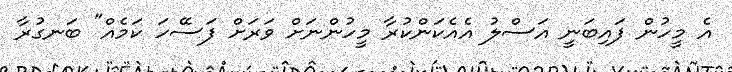
އެ މީހުން ފައިބަނީ އަސްލު އެއެކަންކުރާ މީހުންނަށް ވަރަށް ފަސޭހަ ކަމެއް" ބަނގުރާ